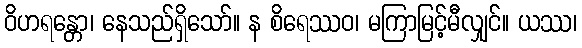
ဝိဟရန္တော၊ နေသည်ရှိသော်။ န စိရေဿဝ၊ မကြာမြင့်မီလျှင်။ ယဿ၊